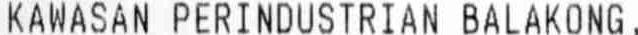
KWANSAN PERINDUSTRIAN BALANKONG,